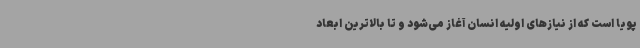
پویا است که از نیازهای اولیه انسان آغاز می‌شود و تا بالاترین ابعاد